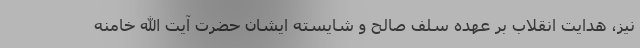
نیز، هدایت انقلاب بر عهده سلف صالح و شایسته ایشان حضرت آیت الله خامنه